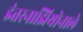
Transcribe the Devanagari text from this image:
इंतरनाझियोनाले